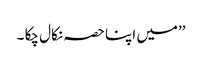
’’میں اپنا حصہ نکال چکا ۔